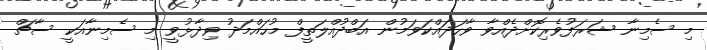
މި ސެމިނާ ޝަރަފުވެރިކޮށްދެއްވާ ވާހަަދައްކަވަމުން އަބްދުއްލަތީފް މުހައްމަދު ވިދާޅުވީ މި ސެމިނާއަކީ ސާޗް